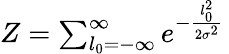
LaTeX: \begin{array}{r}{Z=\sum_{l_{0}=-\infty}^{\infty}e^{-\frac{l_{0}^{2}}{2\sigma^{2}}}\, }\end{array}